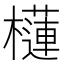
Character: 櫣